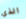
الذي